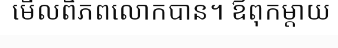
មើលពិភពលោកបាន។ ឪពុកម្តាយ